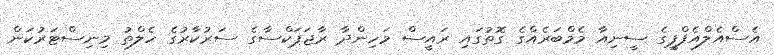
އެސްއެލްއެފްޕީގެ ސީނިއާ މެމްބަރެއްގެ ގޮތުގައި ރައީސް މަހިންދާ ރާޖަޕަކްސާގެ ސަރުކާރުގެ ހެލްތު މިނިސްޓަރުކަން